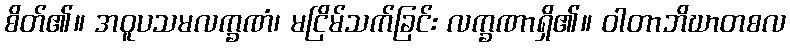
စိတ်၏။ အဝူပသမလက္ခဏံ၊ မငြိမ်သက်ခြင်း လက္ခဏာရှိ၏။ ဝါတာဘိဃာတစလ